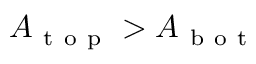
A _ { \mathrm { ~ t ~ o ~ p ~ } } > A _ { \mathrm { ~ b ~ o ~ t ~ } }